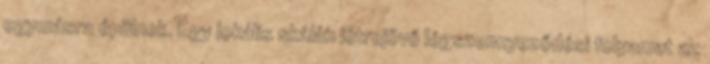
egymásra épülnek. Egy lokális skálán létrejövő légszennyeződési folyamat az